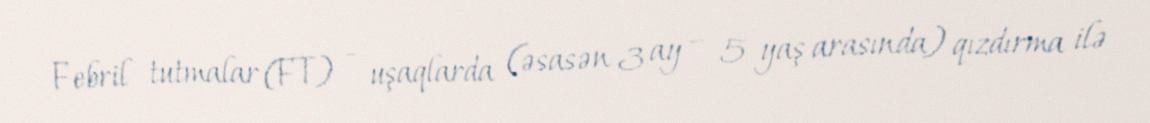
Febril tutmalar (FT) - uşaqlarda (əsasən 3 ay – 5 yaş arasında) qızdırma ilə